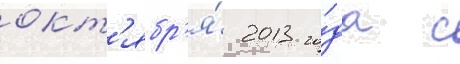
окт'ябр'я́ 2013 го́да с